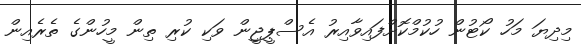
މިދިޔަ މަހު ކޯޓުން ހުކުމްކޮށްފައިވާއިރު އެސްޕީޖީން ވަކި ކުރި ތިން މީހުންގެ ތެރެއިން